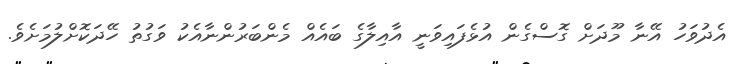
އެދުވަހު އޭނާ މޫދަށް ގޮސްގެން އުޅެފައިވަނީ އާއިލާގެ ބައެއް މެންބަރުންނާއެކު ވަގުތު ހޭދަކޮށްލުމަށެވެ.